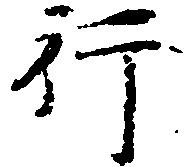
行